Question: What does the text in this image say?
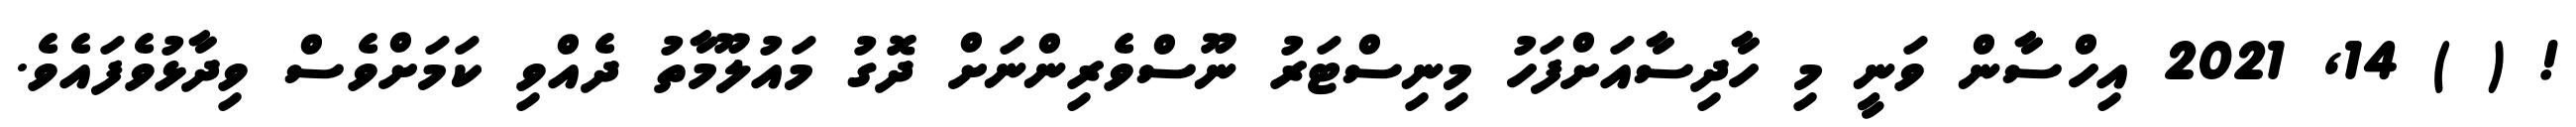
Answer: ! ( ) 14, 2021 އިހްސާން ވަނީ މި ހާދިސާއަށްފަހު މިނިސްޓަރު ނޫސްވެރިންނަށް ދޮގު މައުލޫމާތު ދެއްވި ކަމަށްވެސް ވިދާޅުވެފައެވެ.